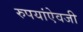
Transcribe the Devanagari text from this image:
रुपयांऐवजी